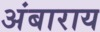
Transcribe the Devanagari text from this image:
अंबाराय